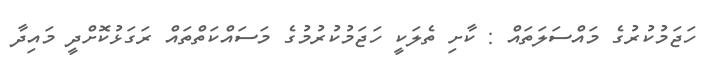
ހަޖަމުކުރުގެ މައްސަލަތައް : ކާށި ތެލަކީ ހަޖަމުކުރުމުގެ މަސައްކަތްތައް ރަގަޅުކޮށްދީ މައިދާ